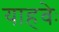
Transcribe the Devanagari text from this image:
याहवेः